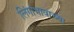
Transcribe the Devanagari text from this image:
लिंगाभावाच्या